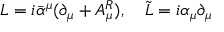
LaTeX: L = i \bar { \alpha } ^ { \mu } ( \partial _ { \mu } + A _ { \mu } ^ { R } ) , \quad \tilde { L } = i \alpha _ { \mu } \partial _ { \mu }